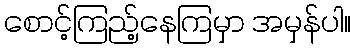
စောင့်ကြည့်နေကြမှာ အမှန်ပါ။